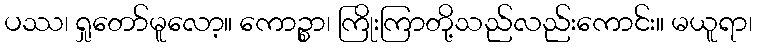
ပဿ၊ ရှုတော်မူလော့။ ကောဉ္စာ၊ ကြိုးကြာတို့သည်လည်းကောင်း။ မယူရာ၊